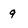
Character: 9